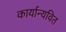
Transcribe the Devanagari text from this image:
कार्यान्यवित